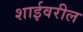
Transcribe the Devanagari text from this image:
शाईवरील